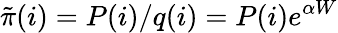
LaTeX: \tilde{\pi}(i)=P(i)/q(i)=P(i)e^{\alpha W}